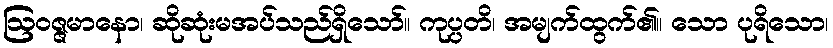
ဩဝဇ္ဇမာနော၊ ဆိုဆုံးမအပ်သည်ရှိသော်။ ကုပ္ပတိ၊ အမျက်ထွက်၏။ သော ပုရိသော၊